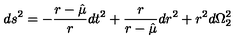
d s ^ { 2 } = - { \frac { r - \hat { \mu } } { r } } d t ^ { 2 } + { \frac { r } { r - \hat { \mu } } } d r ^ { 2 } + r ^ { 2 } d \Omega _ { 2 } ^ { 2 }